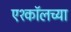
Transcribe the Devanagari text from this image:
एश्कॉलच्या